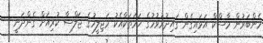
މެންބަރުން މާސްކް އަޅައިގެން ގައިދުރުވުމުގެ ހަމަތަކާއެކު މަޖިލީހުގެ ޖަލްސާ ކުރިއަށް ގެންދަނީ --